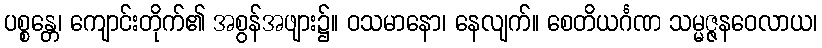
ပစ္စန္တေ၊ ကျောင်းတိုက်၏ အစွန်အဖျား၌။ ဝသမာနော၊ နေလျက်။ စေတိယင်္ဂဏ သမ္မဇ္ဇနဝေလာယ၊